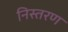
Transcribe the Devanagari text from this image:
निस्तरण